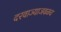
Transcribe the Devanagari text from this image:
दरवाज्याजवळच